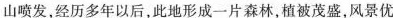
山喷发，经历多年以后，此地形成一片森林，植被茂盛，风景优